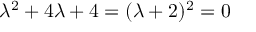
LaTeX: \lambda ^ { 2 } + 4 \lambda + 4 = ( \lambda + 2 ) ^ { 2 } = 0